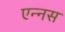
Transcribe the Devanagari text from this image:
एन्नस